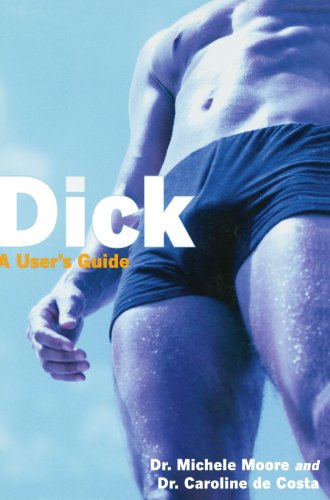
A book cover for Dick: A User's Guide; M.D. Michele C. Moore F.A.A.F.P. F.A.A.F.P.; Health, Fitness & Dieting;